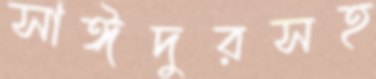
সাঈদুরসহ